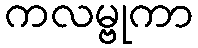
ကလမ္ဗုကာ